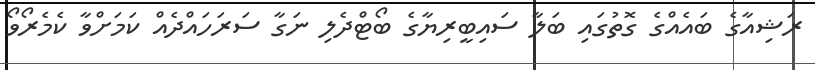
ރަޝިއާގެ ބައެއްގެ ގޮތުގައި ބަލާ ސައިބީރިޔާގެ ބޯޓްދެލި ނަގާ ސަރަހައްދެއް ކަމަށްވާ ކެމެރޯވޯ